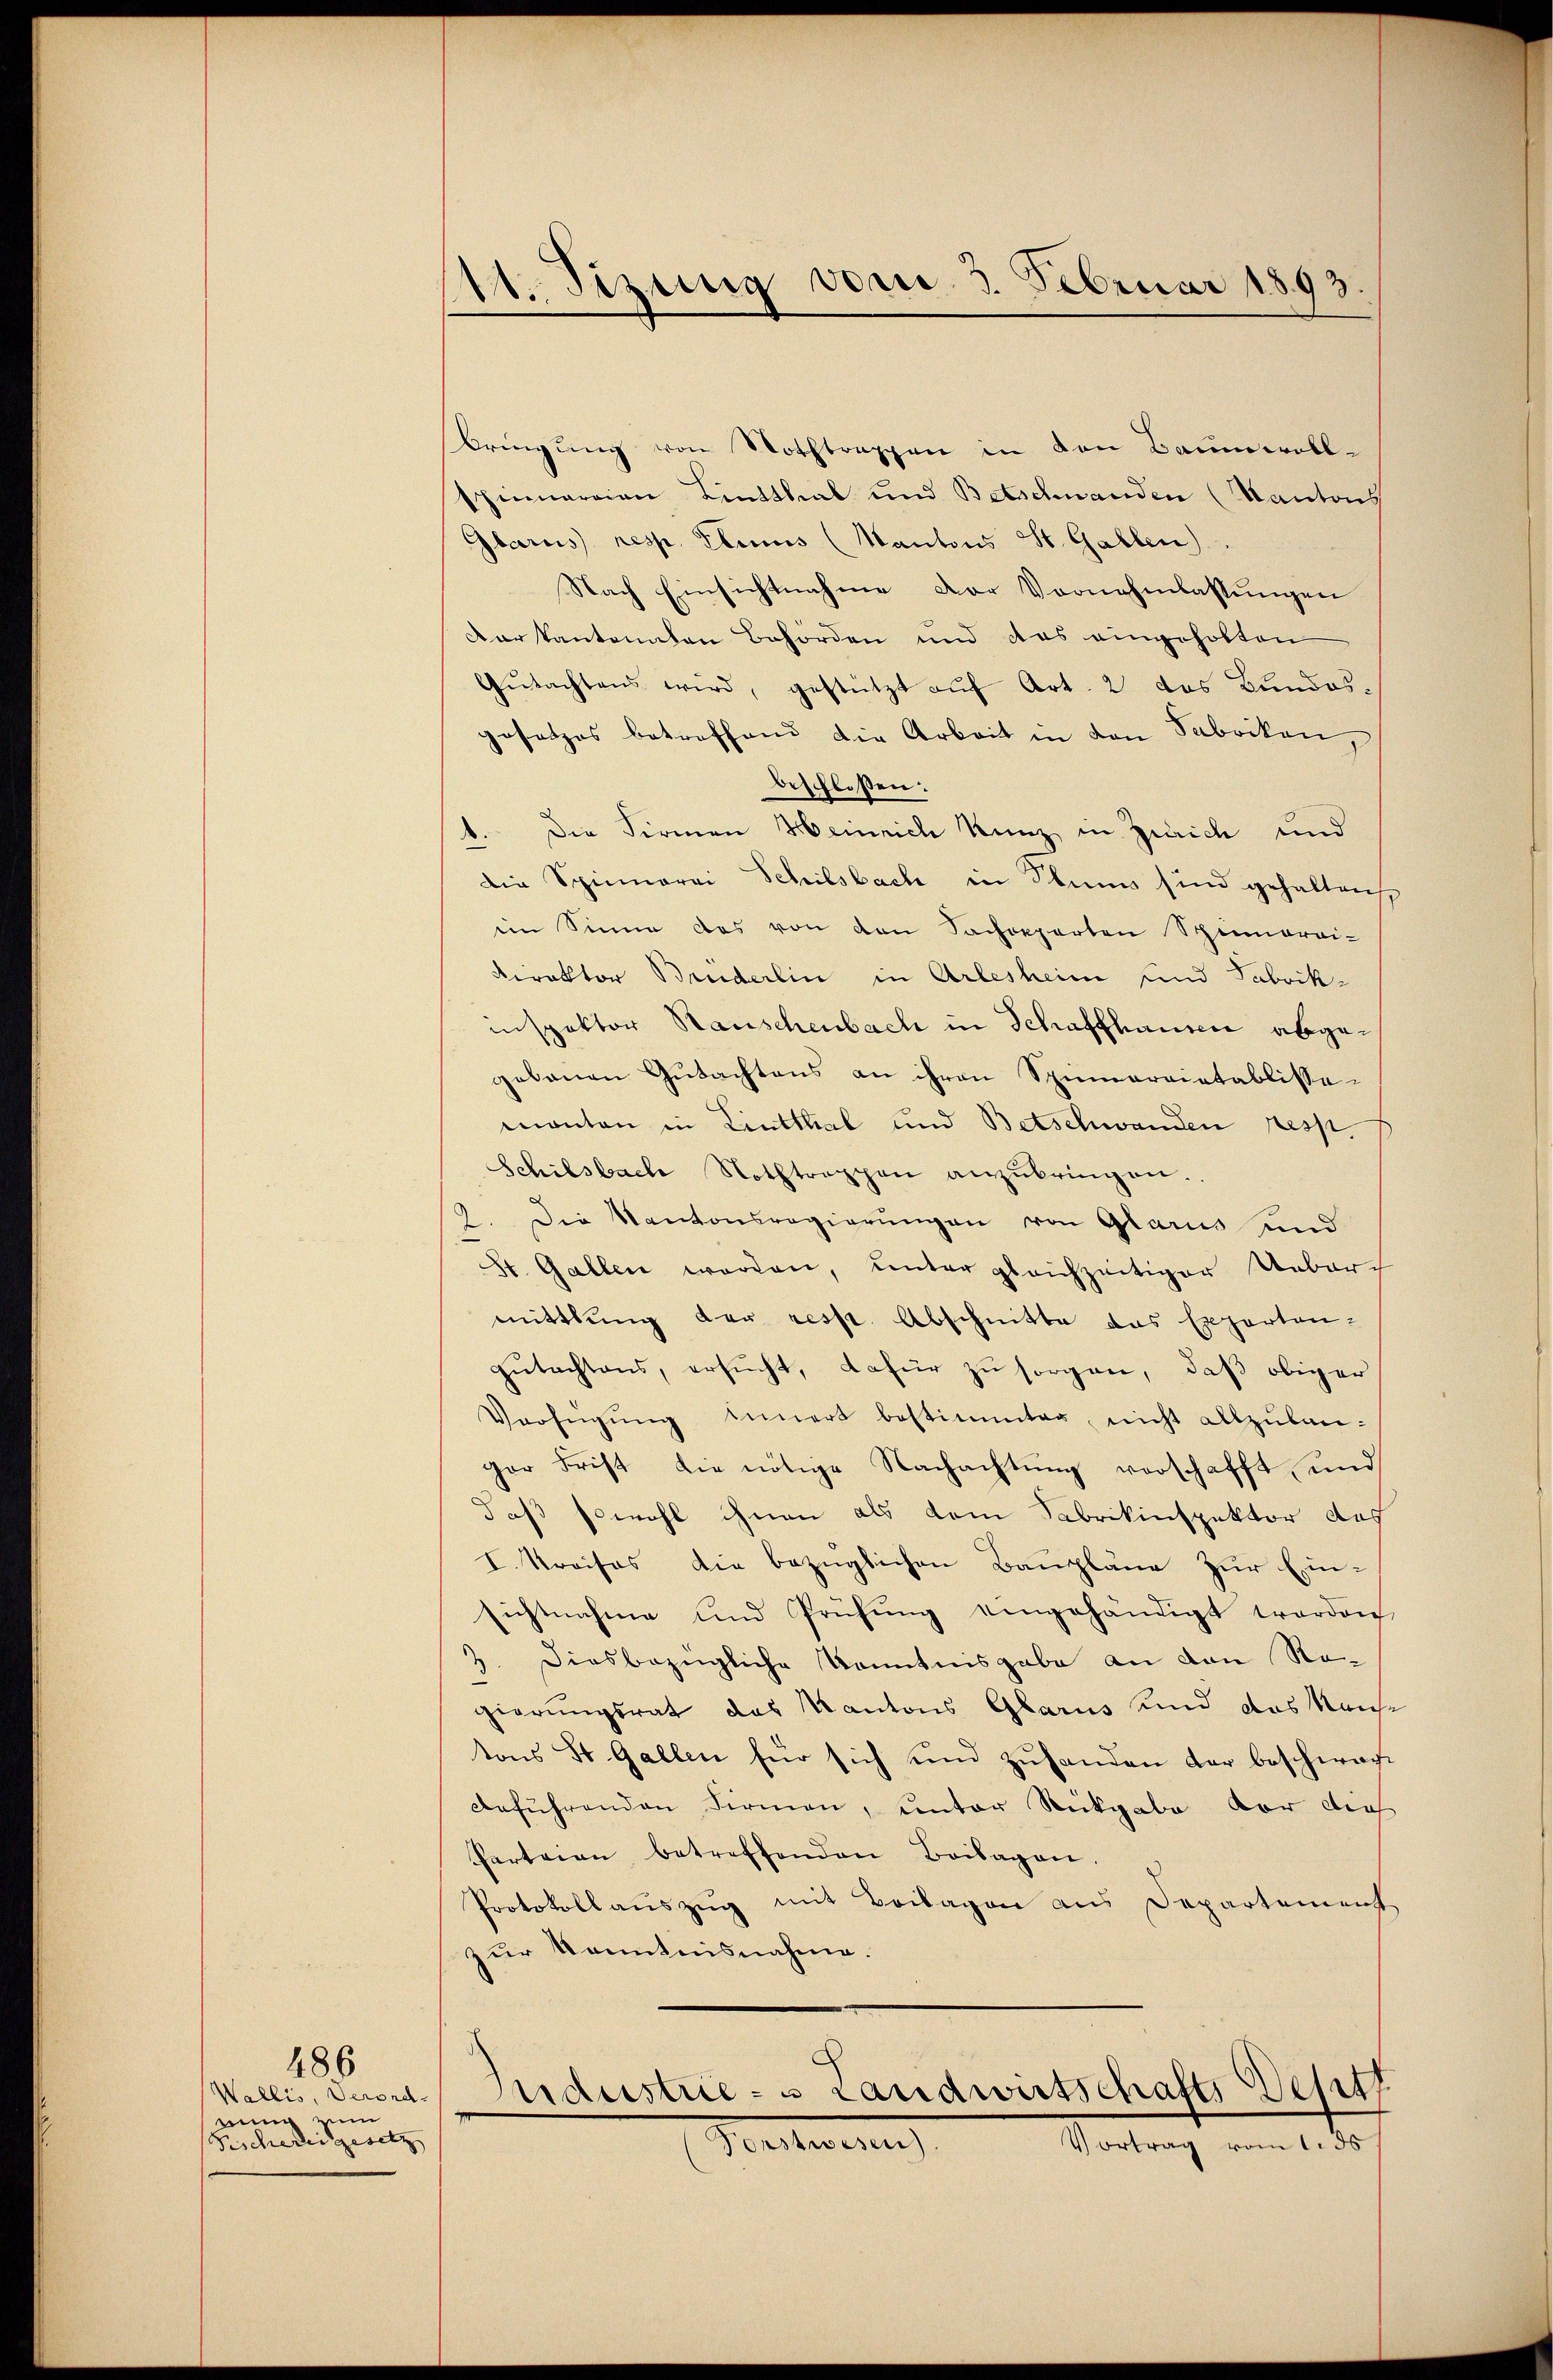
Wallis, Verordrung zum
Fischedergesetz |

486

111. Sizung vom 3. Februar 1893.

Dringŭng von Nothtrappen in den Baumwoll-
spinnereien Linthal und Betschwanden (Kantons
Glarus resp. Ebens (Mantons St. Gallen
Nach Einsichtnahme der Vornehmlassungen
dar kantonnten Behörden und das eingeholten
Gŭtachtens wird, gestützt auf Art. 2 das Bundesgesetzes betreffend die Arbeit in den Sabriken,
beschlossen:
1. Die Firmen Heinrich Kunz in Zürich und
die Spinnerei Schilsbach in Stums sind gehalten
im Sinne das von den Sachepparten Spinnerei-
Direktor Bruderlin in Arlesheim und Fabrikinspektor Rauschenbach in Schaffhausen abgegebenen Gutachtens an ihren Spumarrietablissemanten in Lintthal und Betschwanden resp.
Schilsbach Nothtreppen anzŭbringen.
2. Die Kantonsregierŭngen von Glarus und
St. Gallen werden, unter gleichzeitiger Ueburch
mittlung der resp. Abschnitte das Experten-
gutachtens, ersucht, dafür zu sorgen, daß obiger
Verfügŭng innert bestimmter, nicht allzŭban-
ger Frist die nötige Nachachtung verschafft und
daß sowohl ihnen als dem Fabrikinspektor das
I. Kreises die bezüglichen Baupläne zur Einsichtnahme und Prüfŭng eingehändigt worden,
Diesbezügliche Kenntnisgabe an den Re¬
1
gierungsrat das Kantons Glarus und das Kaise
tons St. Gallen für sich und zuhanden der beschwach¬
Anführenden Firmen, unter Rückgabe vor dies
Parteien betreffenden Beilagen.
Protokollaŭszŭg mit Beilagen aus Departement
zur Kenntnisnahme.

Industrie - u Landwirtschafts Besitz
Vortrag vom 1. ds
Forstwesen.